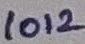
Text: 1012